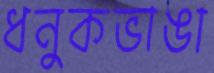
ধনুকভাঙা